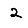
Digit: 2